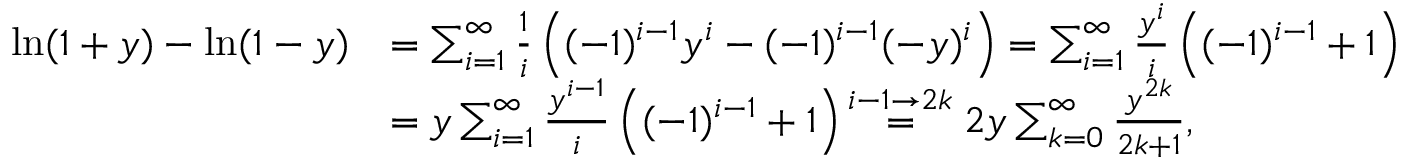
{ \begin{array} { r l } { \ln ( 1 + y ) - \ln ( 1 - y ) } & { = \sum _ { i = 1 } ^ { \infty } { \frac { 1 } { i } } \left( ( - 1 ) ^ { i - 1 } y ^ { i } - ( - 1 ) ^ { i - 1 } ( - y ) ^ { i } \right) = \sum _ { i = 1 } ^ { \infty } { \frac { y ^ { i } } { i } } \left( ( - 1 ) ^ { i - 1 } + 1 \right) } \\ & { = y \sum _ { i = 1 } ^ { \infty } { \frac { y ^ { i - 1 } } { i } } \left( ( - 1 ) ^ { i - 1 } + 1 \right) { \overset { i - 1 \to 2 k } { = } } \; 2 y \sum _ { k = 0 } ^ { \infty } { \frac { y ^ { 2 k } } { 2 k + 1 } } , } \end{array} }